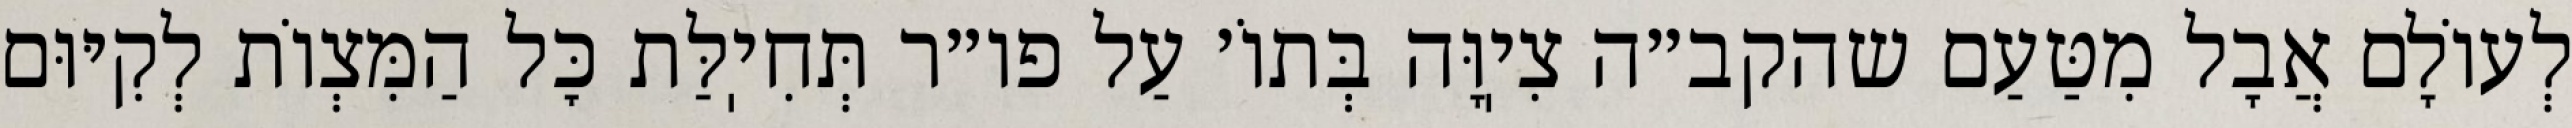
לְעוֹלָם אֲבָל מִטַּעַם שהקב״ה צִיֽוָּה בְּתוֹ׳ עַל פו״ר תְּחִיֽלַּת כׇּל הַמִּצְוֹת לְקִיּוּם